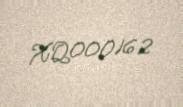
XQ000162